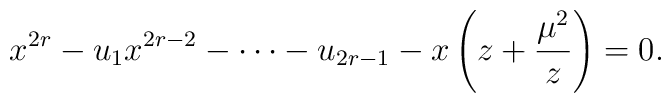
x^{2r}-u_{1}x^{2r-2}-\cdots-u_{2r-1}-x\left(z+{\mu^2\over z}\right)=0.